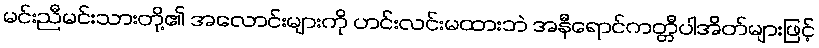
မင်းညီမင်းသားတို့၏ အလောင်းများကို ဟင်းလင်းမထားဘဲ အနီရောင်ကတ္တီပါအိတ်များဖြင့်